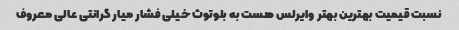
نسبت قیمیت بهترین بهتر وایرلس هست به بلوتوث خیلی فشار میار گرانتی عالی معروف